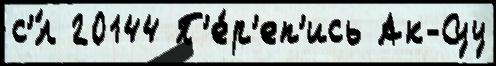
с'́л 20144 П'е́р'еп'ись Ак-Суу